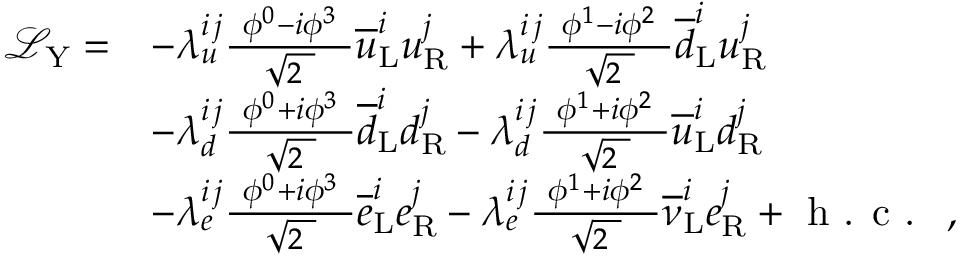
{ \begin{array} { r l } { { \mathcal { L } } _ { \mathrm { Y } } = } & { - \lambda _ { u } ^ { i \, j } { \frac { \ \phi ^ { 0 } - i \phi ^ { 3 } \ } { \sqrt { 2 \ } } } { \overline { { u } } } _ { \mathrm { L } } ^ { i } u _ { \mathrm { R } } ^ { j } + \lambda _ { u } ^ { i \, j } { \frac { \ \phi ^ { 1 } - i \phi ^ { 2 } \ } { \sqrt { 2 \ } } } { \overline { { d } } } _ { \mathrm { L } } ^ { i } u _ { \mathrm { R } } ^ { j } } \\ & { - \lambda _ { d } ^ { i \, j } { \frac { \ \phi ^ { 0 } + i \phi ^ { 3 } \ } { \sqrt { 2 \ } } } { \overline { { d } } } _ { \mathrm { L } } ^ { i } d _ { \mathrm { R } } ^ { j } - \lambda _ { d } ^ { i \, j } { \frac { \ \phi ^ { 1 } + i \phi ^ { 2 } \ } { \sqrt { 2 \ } } } { \overline { { u } } } _ { \mathrm { L } } ^ { i } d _ { \mathrm { R } } ^ { j } } \\ & { - \lambda _ { e } ^ { i \, j } { \frac { \ \phi ^ { 0 } + i \phi ^ { 3 } \ } { \sqrt { 2 \ } } } { \overline { { e } } } _ { \mathrm { L } } ^ { i } e _ { \mathrm { R } } ^ { j } - \lambda _ { e } ^ { i \, j } { \frac { \ \phi ^ { 1 } + i \phi ^ { 2 } \ } { \sqrt { 2 \ } } } { \overline { { \nu } } } _ { \mathrm { L } } ^ { i } e _ { \mathrm { R } } ^ { j } + { \textrm { h . c . } } \ , } \end{array} }